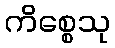
ကိစ္စေသု